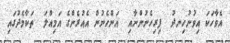
އެވާހަކަ އިވުނުހިނދު  ފިރިހެނުންނާއި  އަންހެނުން އެއުރެންގެ އަމިއްލަ  ތަކާމެދުގައި